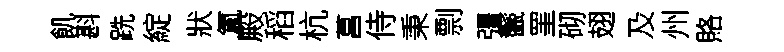
飢斟跣綻狀氲殿稻杭菖侍秉剽彊鬛罣砌翅及州賂